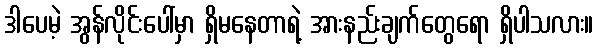
ဒါပေမဲ့ အွန်လိုင်းပေါ်မှာ ရှိမနေတာရဲ့ အားနည်းချက်တွေရော ရှိပါသလား။